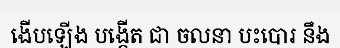
ងើបឡើង បង្កើត ជា ចលនា បះបោរ នឹង